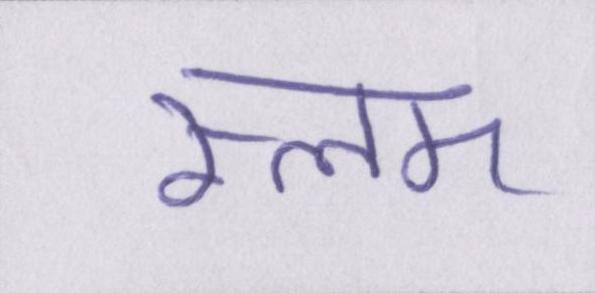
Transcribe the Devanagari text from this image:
स्लम